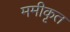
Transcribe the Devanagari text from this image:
ममीकृत